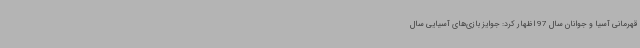
قهرمانی آسیا و جوانان سال 97 اظهار کرد: جوایز بازی‌های آسیایی سال